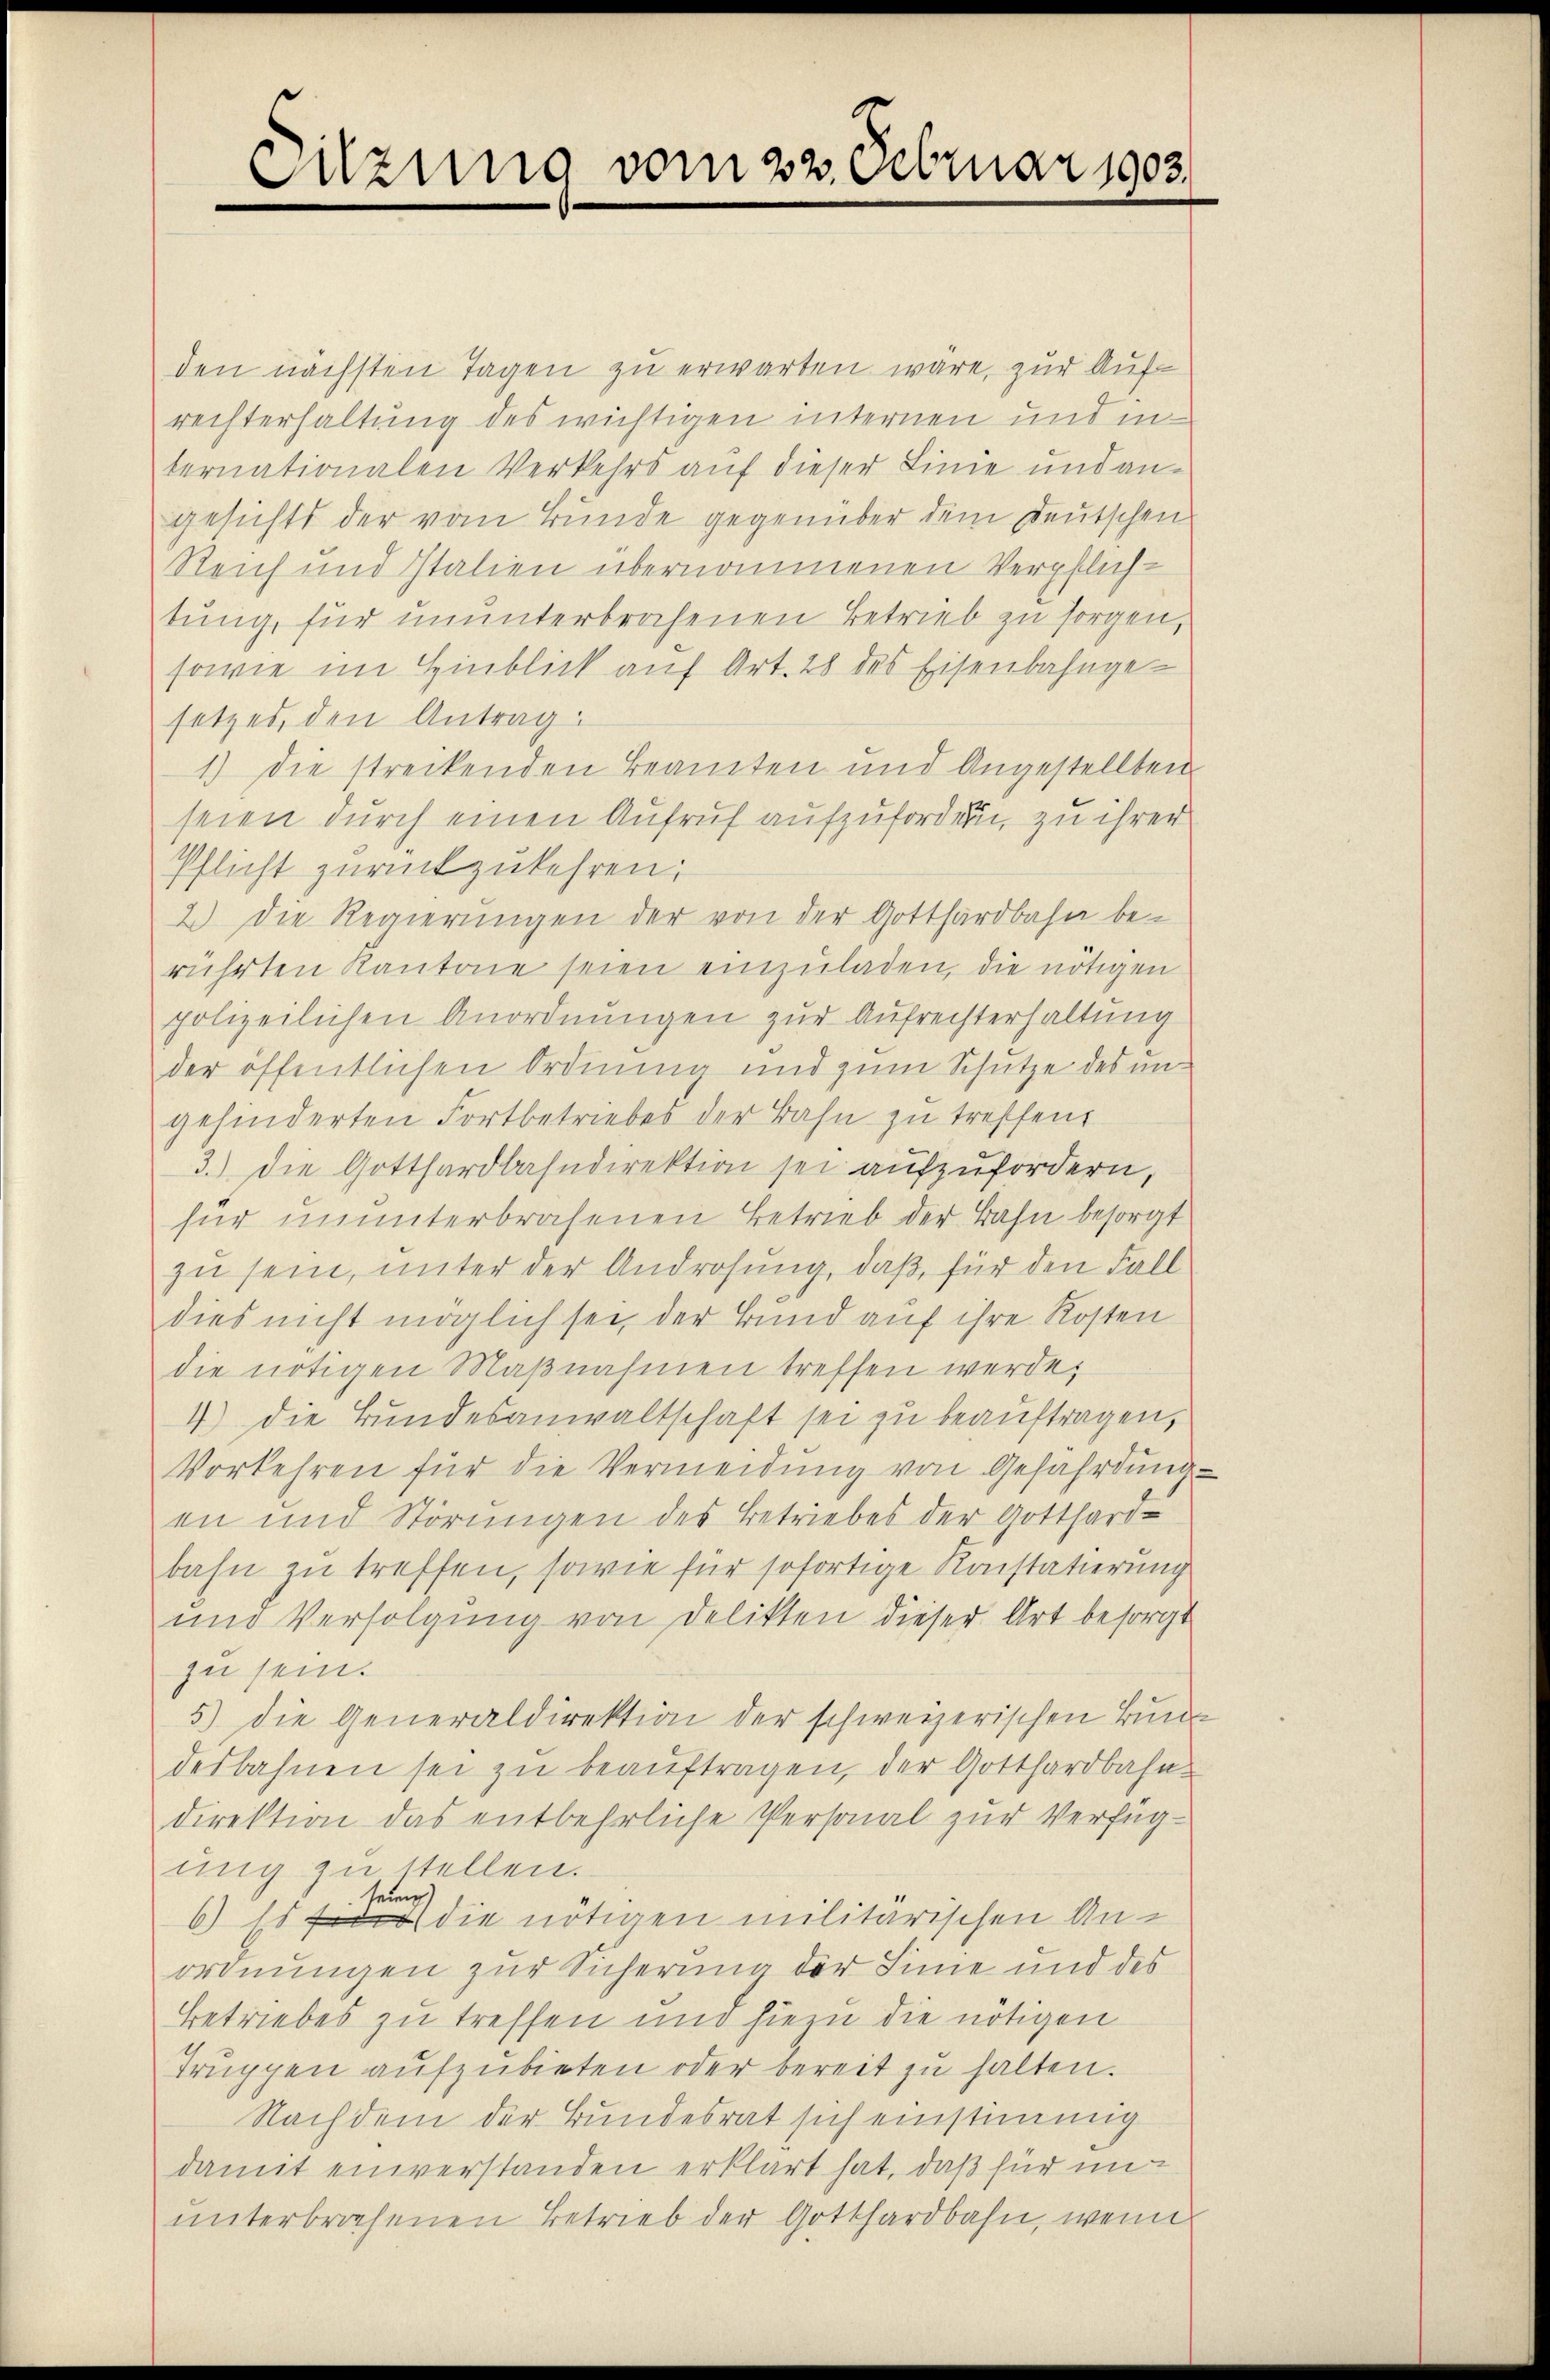
Suzung vom 22. Februar 1903.

den nächsten Tagen zu erwarten wäre, zur Aufrechterhaltung des wichtigen internen und in
ternationalen Verkehrs auf dieser Linie und angesichts der vom Bunde gegenüber dem Deutschen
Reich und Italien übernommenen Verpflich-
tung, für ununterbrochenen Betrieb zu sorgen,
sowie im Hinblick auf Art. 28 des Eisenbahngesetzes, den Antrag:
1.) Die streckenden Beamten und Angestellten
seien durch einen Aufruf aufzufordern, zu ihrer
Pflicht zurückzukehren;
2) Die Regierungen der von der Gotthardbahn be-
rührten Kantone seien einzuladen, die nötigen
polizeilichen Anordnungen zur Aufrechterhaltung
der öffentlichen Ordnung und zum Schutze des ungehinderten Fortbetriebes der Bahn zu treffend
3.) Die Gotthardbahndirektion sei aufzufordern,
für ununterbrachenen Betrieb der Bahn besorgt
zu sein, unter der Androhung, daß, für den Fall
dies nicht möglich sei, der Bund auf ihre Kosten
die nötigen Maßnahmen treffen werde,
4) Die Bundesanwaltschaft sei zu beauftragen,
Vorkehren für die Vermeidung von Gefährdung
en und Störungen des Betriebes der Gotthard-
bahn zu treffen, sowie für sofortige Konstatierung
und Verfolgung von Delikten dieser Art besorgt
zu sein.
5) die Generaldirektion der schweizerischen Bund
desbahnen sei zu beauftragen, der Gotthardbahn-
direktion das entbehrliche Personal zur Verfüg-
ung zu stellen.
seinen
6) Ist die nötigen militärischen Anordnungen zur Sicherung der Sinie und des
Betriebes zu treffen und hiezu die nötigen
Truppen aufzubieten oder bereit zu halten.
Nachdem der Bundesrat sich einstimmig
damit einverstanden erklärt hat, daß für un
unterbrachenen Betrieb der Gotthardbahn, wenn